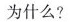
为什么?